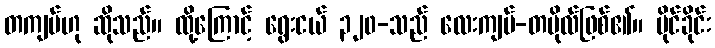
တကျပ်ဟု ဆိုသည်။ ထို့ကြောင့် ရွေးငယ် ၃၂၀-သည် လေးကျပ်-တပိုလ်ဖြစ်၏။ မိုင်ခိုင်း